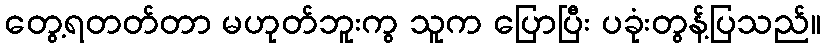
တွေ့ရတတ်တာ မဟုတ်ဘူးကွ သူက ပြောပြီး ပခုံးတွန့်ပြသည်။